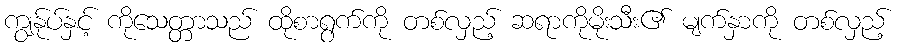
ကျွန်ုပ်နှင့် ကိုသေတ္တာသည် ထိုစာရွက်ကို တစ်လှည့် ဆရာကိုမိုးသီး၏ မျက်နှာကို တစ်လှည့်